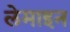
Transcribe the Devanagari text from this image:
लेमाइन